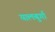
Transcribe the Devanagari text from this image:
यालबुर्गा